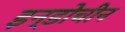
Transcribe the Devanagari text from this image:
इन्डोचीन